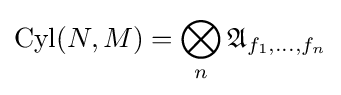
\operatorname {Cyl} (N,M)=\bigotimes _{n}{\mathfrak {A}}_{f_{1},\dots ,f_{n}}